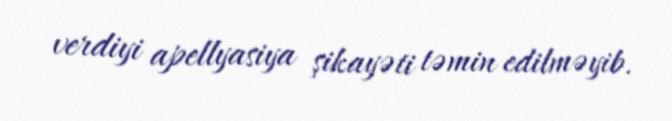
verdiyi apellyasiya şikayəti təmin edilməyib.